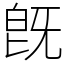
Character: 旣